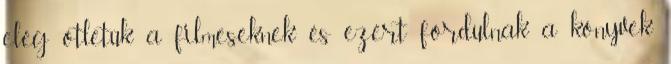
elég ötletük a filmeseknek és ezért fordulnak a könyvek